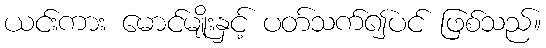
ယင်းကား မောင်မျိုးနှင့် ပတ်သက်၍ပင် ဖြစ်သည်။